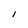
Character: I